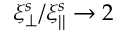
\xi _ { \perp } ^ { s } / \xi _ { | | } ^ { s } \rightarrow 2